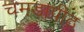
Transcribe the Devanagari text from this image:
चमड़ापीठ